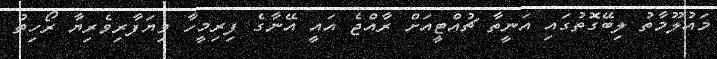
މައުލޫމާތު ލިބޭގޮތުގައި އަނީތާ ޗުއްޓީއަށް ރާއްޖެ އައީ އޭނާގެ ފިރިމީހާ ވިޔަފާރިވެރިޔާ ރޯހިތު